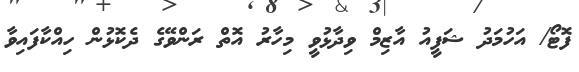
ފޮޓޯ/ އަހުމަދު ޝަފީއު އާޒިމް ވިދާޅުވީ މިހާރު އޮތް ރަންވޭގެ ދެކޮޅުން ހިއްކާފައިވާ